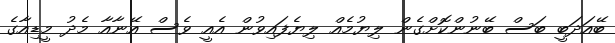
ބޭއަދަބީ ބަސް ބޭނުންކޮށްގެން ލިޔުމެއް ލިޔެފައިވުން އެއީ ވެސް އޭނާއާ މެދު މީޑިއާގެ